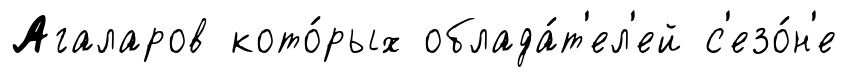
Агаларов кото́рых облада́т'ел'ей с'езо́н'е